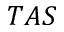
T A S